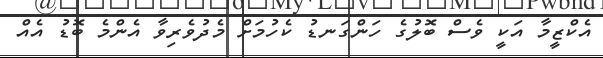
އެކްޒީމާ އަކީ ވެސް ބޮލުގެ ހަންގަނޑު ކެހުމަށް މެދުވެރިވާ އެންމެ ބޮޑު އެއް